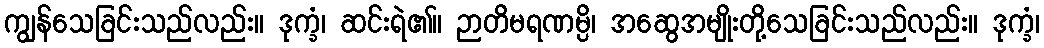
ကျွန်သေခြင်းသည်လည်း။ ဒုက္ခံ၊ ဆင်းရဲ၏။ ဉာတိမရဏမ္ပိ၊ အဆွေအမျိုးတို့သေခြင်းသည်လည်း။ ဒုက္ခံ၊